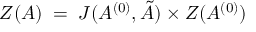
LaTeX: { \cal Z } ( A ) \; = \; J ( A ^ { ( 0 ) } , { \tilde { A } } ) \times { \cal Z } ( A ^ { ( 0 ) } )